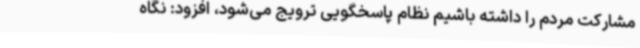
مشارکت مردم را داشته باشیم نظام پاسخگویی ترویج می‌شود، افزود: نگاه